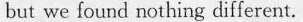
but we found nothing different.